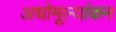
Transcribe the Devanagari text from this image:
अधोमूल्यांकन